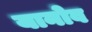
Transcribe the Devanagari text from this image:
यानोव